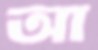
আ